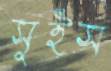
সুইস